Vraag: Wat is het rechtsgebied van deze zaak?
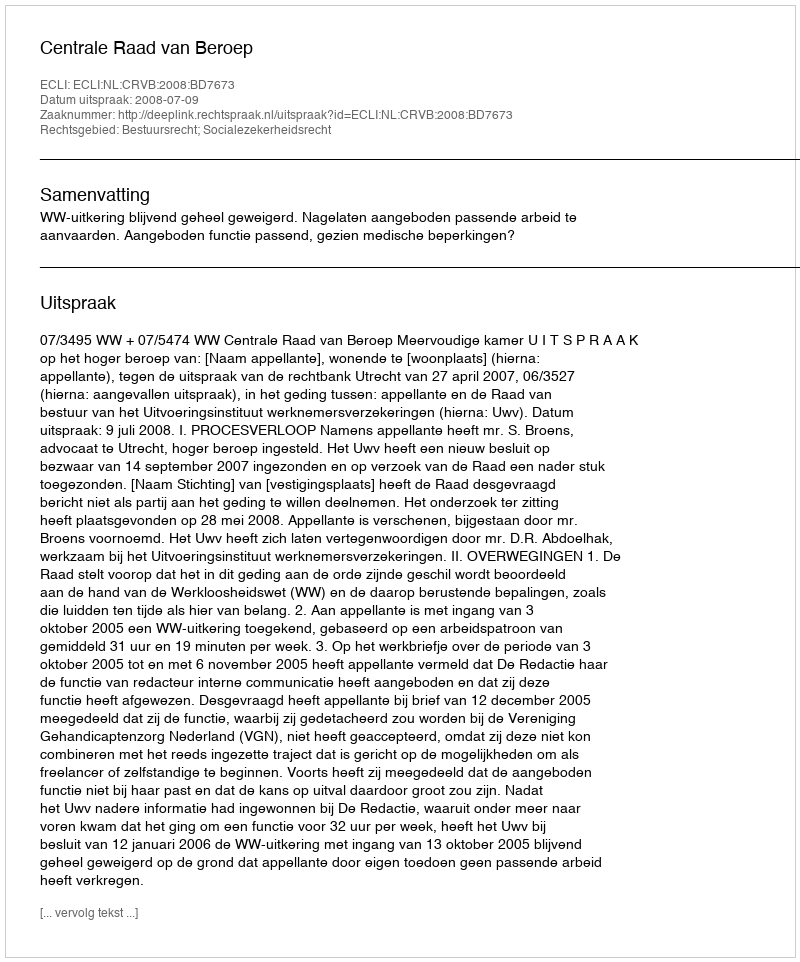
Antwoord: Bestuursrecht; Socialezekerheidsrecht